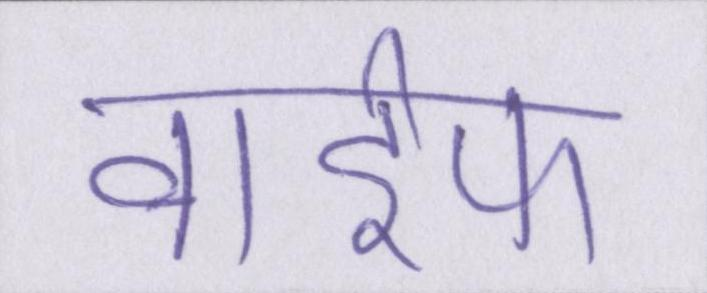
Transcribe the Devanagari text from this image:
वाईफ